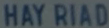
HAY RIAD